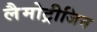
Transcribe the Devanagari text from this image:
लैमोट्रीजिन